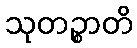
သုတဉ္စာတိ